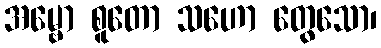
အမ္ဗော စူတော သဟော တွေသော၊